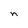
Character: n